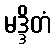
မဒ္ဒိတံ